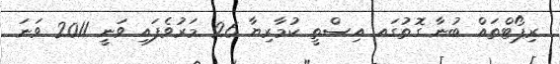
ރިޕޯޓްތައް ބުނާ ގޮތުގައ އިސްތީ ކުމާރިޔާ 26 މަރުވެފައި ވަނީ 2011 ވަނަ